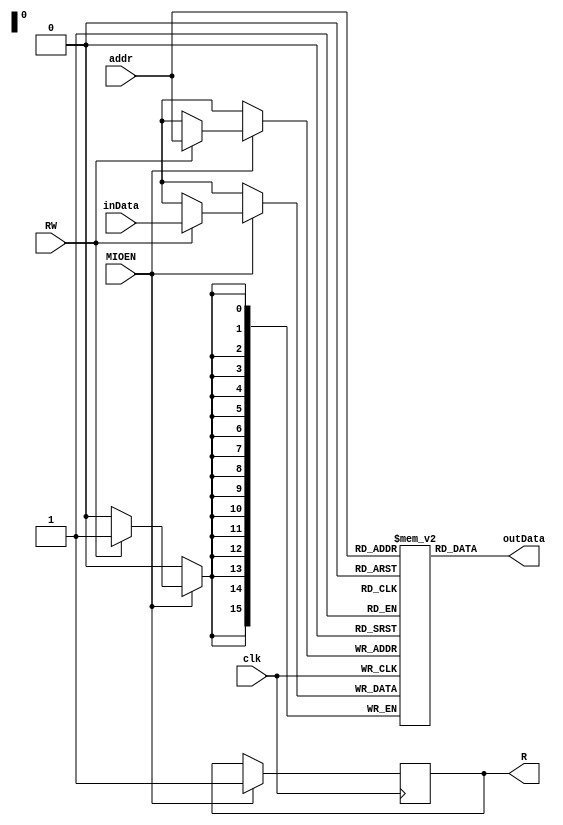
`timescale 1ns / 1ps
//////////////////////////////////////////////////////////////////////////////////
// Company: 
// Engineer: 
// 
// Design Name: 
// Module Name: Mem
// Project Name: 
// Target Devices: 
// Tool Versions: 
// Description: 
// 
// Dependencies: 
// 
// Revision:  
// Revision 0.01 - File Created
// Additional Comments:
// 
//////////////////////////////////////////////////////////////////////////////////


module Mem(
    input clk,
    input [15:0] addr,
    input [15:0] inData,
    input MIOEN,
    input RW,
    output reg R,
    output [15:0] outData
    );

    reg [15:0] memory[65535:0]; 

    initial begin
        R = 0;
        memory[12288] = 16'h5260;
        memory[12289] = 16'h56E0;
        memory[12290] = 16'h2009;
        memory[12291] = 16'h126A;
        memory[12292] = 16'h0405;
        memory[12293] = 16'h6400;
        memory[12294] = 16'h16C2;
        memory[12295] = 16'h1021;
        memory[12296] = 16'h127F;
        memory[12297] = 16'h0FFA;
        memory[12298] = 16'hB602;
        memory[12299] = 16'hF025;
        memory[12300] = 16'h3100;
        memory[12301] = 16'h3200;
        
        memory[12544] = 1;
        memory[12545] = 2;
        memory[12546] = 3;
        memory[12547] = 4;
        memory[12548] = 5;
        memory[12549] = 6;
        memory[12550] = 7;
        memory[12551] = 8;
        memory[12552] = 9;
        memory[12553] = 10;
    end
    always @(posedge clk) begin
        if(MIOEN) begin
            R <= 1;
            if(RW) begin
                memory[addr] <= inData;
            end
        end
    end
    
    assign outData = memory[addr];
    
endmodule